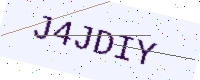
Text: J4JDIY